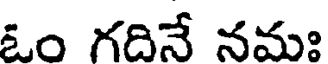
ఓం గదినే నమః